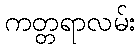
ကတ္တရာလမ်း